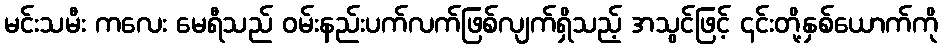
မင်းသမီး ကလေး မေရီသည် ဝမ်းနည်းပက်လက်ဖြစ်လျက်ရှိသည့် အသွင်ဖြင့် ၎င်းတို့နှစ်ယောက်ကို